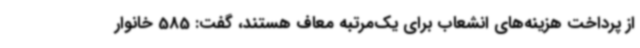
از پرداخت هزینه‌های انشعاب برای یک‌مرتبه معاف هستند، گفت: 585 خانوار